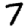
Digit: 7